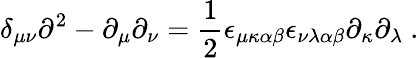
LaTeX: \delta_{\mu\nu}\partial^{2}-\partial_{\mu}\partial_{\nu}=\frac{1}{2}\epsilon_{\mu\kappa\alpha\beta}\epsilon_{\nu\lambda\alpha\beta}\partial_{\kappa}\partial_{\lambda}\ .